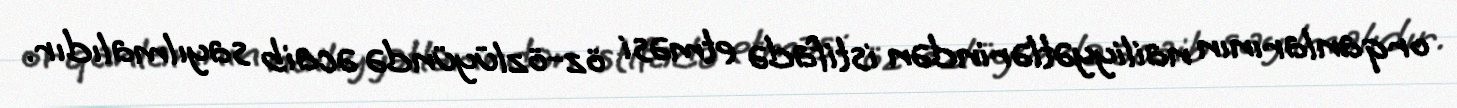
orqanlarının nailiyyətlərindən istifadə etməsi öz-özlüyündə əcaib sayılmalıdır.